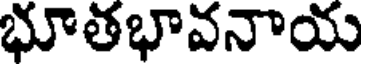
భూతభావనాయ